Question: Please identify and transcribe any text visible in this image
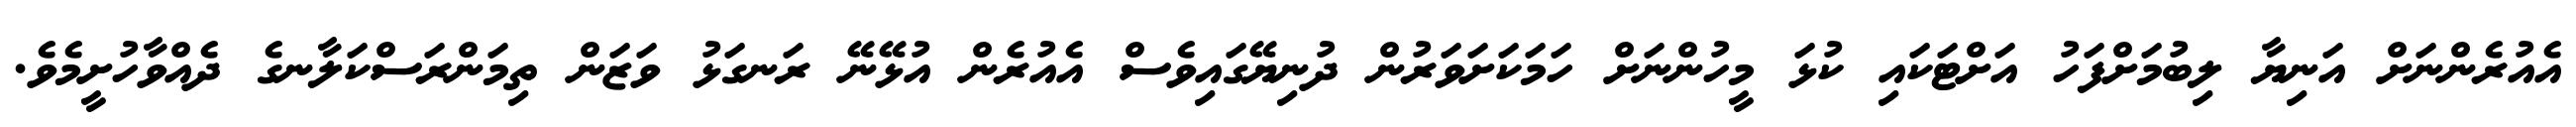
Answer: އެއުރެންނަށް އަނިޔާ ލިބުމަށްފަހު އަށްޓަކައި ކުޅަ މީހުންނަށް ހަމަކަށަވަރުން ދުނިޔޭގައިވެސް އެއުރެން އުޅޭނޭ ރަނގަޅު ވަޒަން ތިމަންރަސްކަލާނގެ ދެއްވާހުށީމެވެ.